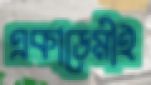
একাডেমীই